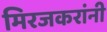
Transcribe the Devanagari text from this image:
मिरजकरांनी